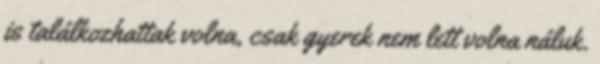
is találkozhattak volna, csak gyerek nem lett volna náluk.